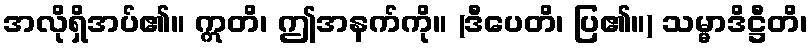
အလိုရှိအပ်၏။ ဣတိ၊ ဤအနက်ကို။ (ဒီပေတိ၊ ပြ၏။) သမ္မာဒိဋ္ဌီတိ၊